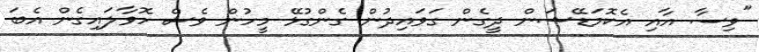
"ވިސާ އާއި އެކޮމަޑޭޝަން ދީގެން ގަވައިދުން ގެންގުޅޭ މީހުން ވެސް ހޮވާލައިގެން އެބަ